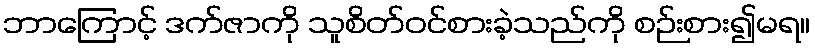
ဘာကြောင့် ဒက်ဇာကို သူစိတ်ဝင်စားခဲ့သည်ကို စဉ်းစား၍မရ။